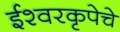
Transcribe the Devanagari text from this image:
ईश्वरकृपेचे